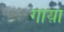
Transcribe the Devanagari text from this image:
गाय़ा